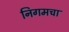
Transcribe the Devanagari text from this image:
निगमचा